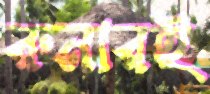
রুনারই